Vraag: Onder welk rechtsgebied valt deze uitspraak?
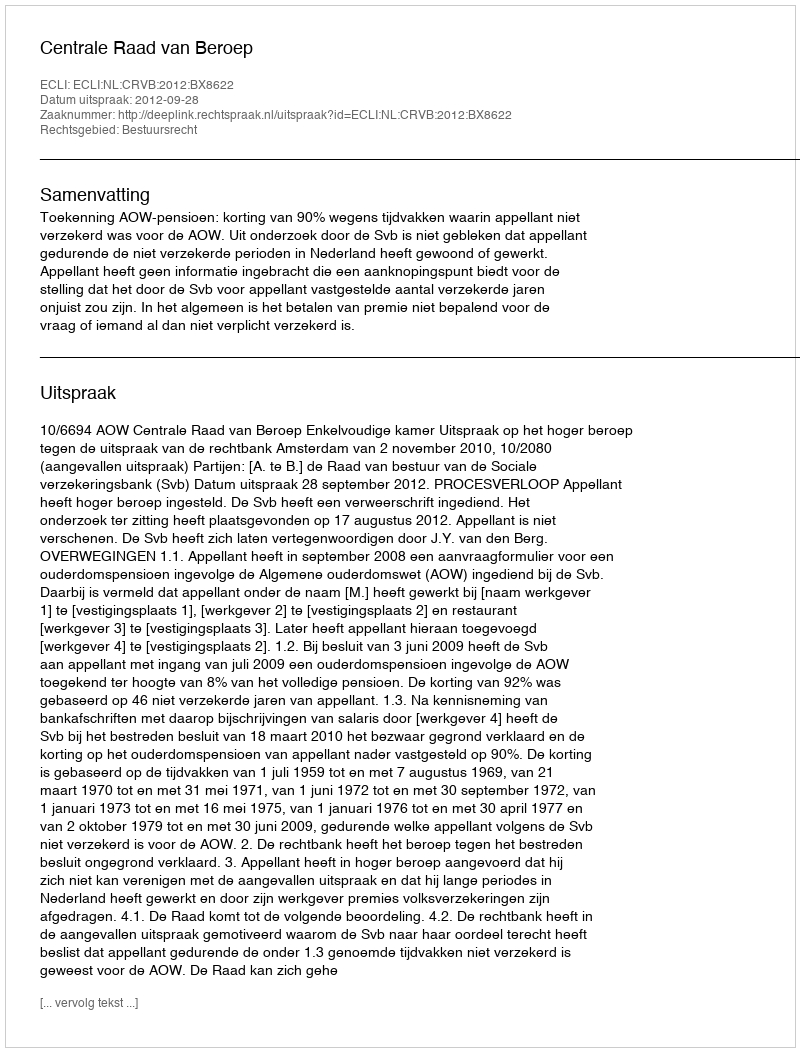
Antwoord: Bestuursrecht